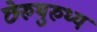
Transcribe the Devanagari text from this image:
छेरुथुरुथ्य